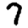
Digit: 7